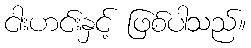
ငါးဟင်းနှင့် ဖြစ်ပါသည်။